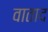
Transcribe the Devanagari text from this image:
वाताद